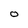
Character: O